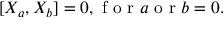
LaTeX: [ X _ { a } , X _ { b } ] = 0 , { \textnormal { f o r } } a { \textnormal { o r } } b = 0 .